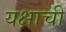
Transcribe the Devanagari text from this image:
यक्षाची